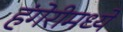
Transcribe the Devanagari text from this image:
हंगेरीमध्ये